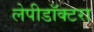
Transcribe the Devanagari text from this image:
लेपीडॉक्टरा